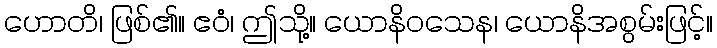
ဟောတိ၊ ဖြစ်၏။ ဧဝံ၊ ဤသို့။ ယောနိဝသေန၊ ယောနိအစွမ်းဖြင့်။